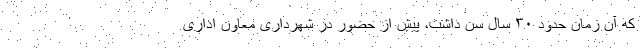
که آن زمان حدود ۳۰ سال سن داشت، پیش از حضور در شهرداری معاون اداری